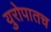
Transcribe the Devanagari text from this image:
युरोपातच